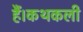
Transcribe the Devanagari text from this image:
हैं।कथकली